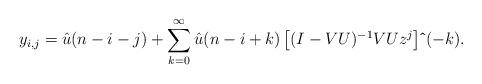
LaTeX: \begin{align*}y_{i,j}=\hat{u}(n-i-j)+\sum_{k=0}^{\infty} \hat{u}(n-i+k) \left[ (I-VU)^{-1}VUz^{j} \right] \mathbf{\hat{}} \, (-k). \newline\end{align*}